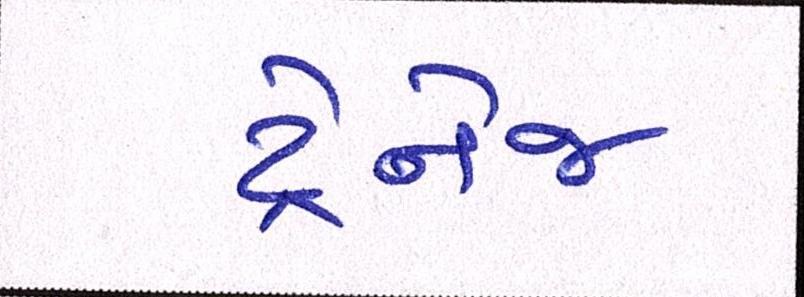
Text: ડ્રેનેજ